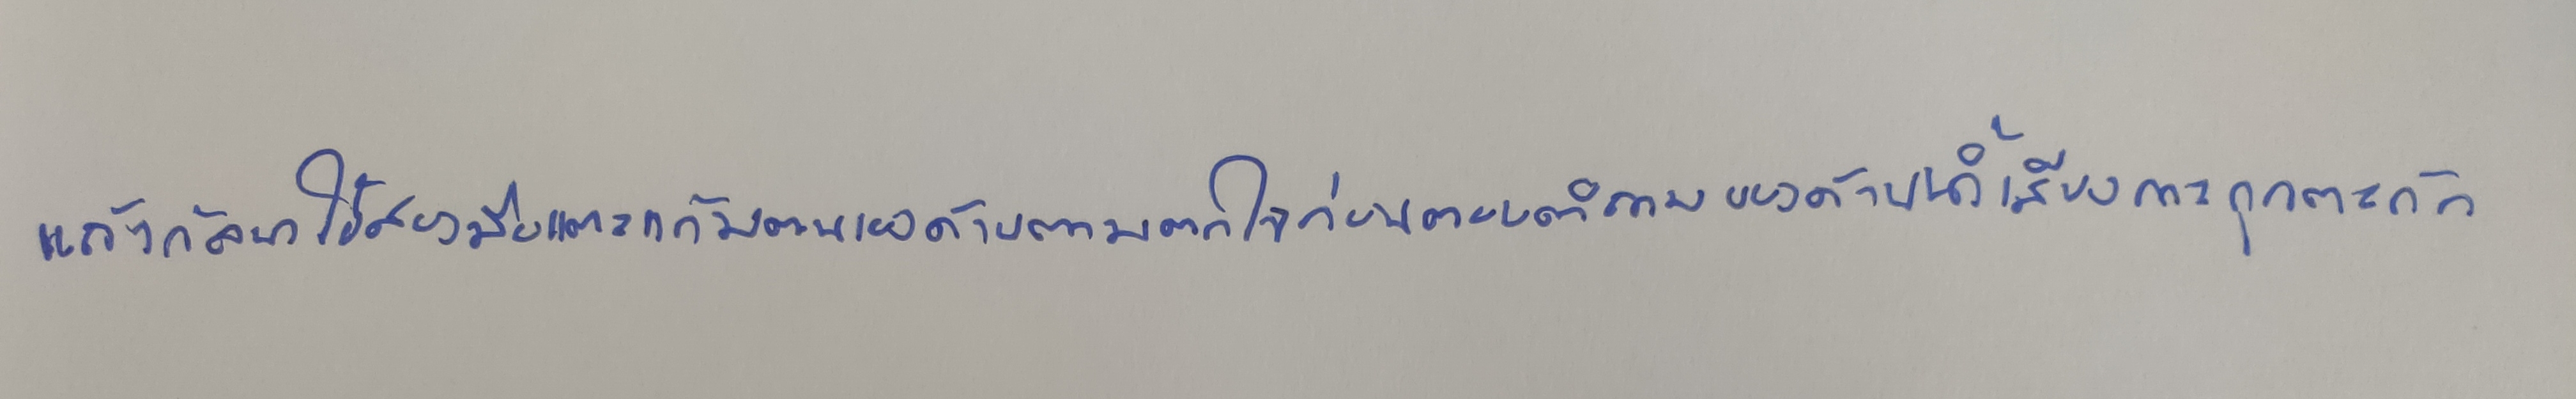
แก้วกัลยาใช้สองมือแตะแก้มตนเองด้วยความตกใจก่อนตอบคำถามของด้วยน้ำเสียงตะกุกตะกัก